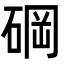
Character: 碙